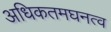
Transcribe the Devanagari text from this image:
अधिकतमघनत्व